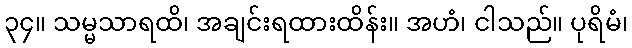
၃၄။ သမ္မသာရထိ၊ အချင်းရထားထိန်း။ အဟံ၊ ငါသည်။ ပုရိမံ၊